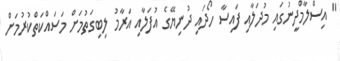
" އިސްލާމްދީނުގައި މުދަލާއި ފައިސާ ހޯދައި ދުނިޔޭގެ އުފަލާއި އަރާމު ލިބިގަތުމަށް މަސައްކަތްކުރުމަށް